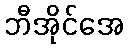
ဘီအိုင်အေ